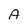
Character: A